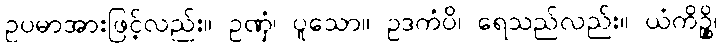
ဥပမာအားဖြင့်လည်း။ ဥဏှံ၊ ပူသော။ ဥဒကံပိ၊ ရေသည်လည်း။ ယံကိဉ္စိ၊